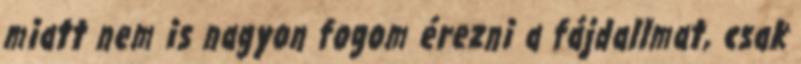
miatt nem is nagyon fogom érezni a fájdallmat, csak